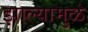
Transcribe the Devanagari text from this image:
झाल्यामुळं